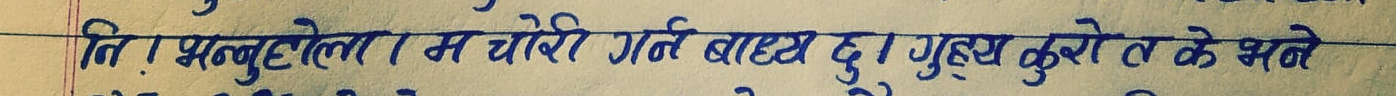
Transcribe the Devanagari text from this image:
ति ! भन्नुहोला म चोरी गर्न बाध्य छु । मुख्य कुरो त के भने